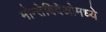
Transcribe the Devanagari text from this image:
मोन्तेविदेओमध्ये